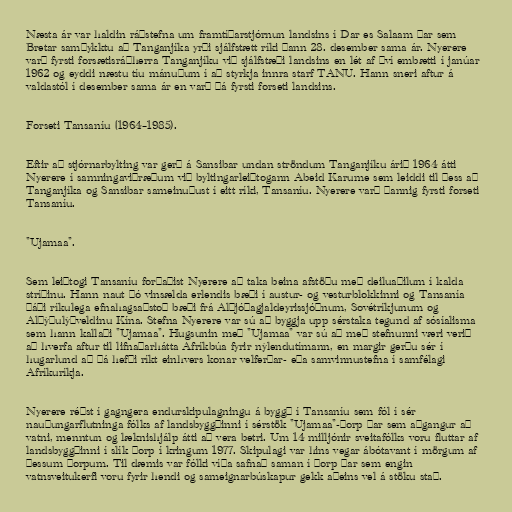
Næsta ár var haldin ráðstefna um framtíðarstjórnun landsins í Dar es Salaam þar sem
Bretar samþykktu að Tanganjíka yrði sjálfstætt ríki þann 28. desember sama ár. Nyerere
varð fyrsti forsætisráðherra Tanganjíku við sjálfstæði landsins en lét af því embætti í janúar
1962 og eyddi næstu tíu mánuðum í að styrkja innra starf TANU. Hann sneri aftur á
valdastól í desember sama ár en varð þá fyrsti forseti landsins.

Forseti Tansaníu (1964–1985).

Eftir að stjórnarbylting var gerð á Sansibar undan ströndum Tanganjíku árið 1964 átti
Nyerere í samningaviðræðum við byltingarleiðtogann Abeid Karume sem leiddi til þess að
Tanganjíka og Sansibar sameinuðust í eitt ríki, Tansaníu. Nyerere varð þannig fyrsti forseti
Tansaníu.

"Ujamaa".

Sem leiðtogi Tansaníu forðaðist Nyerere að taka beina afstöðu með deiluaðilum í kalda
stríðinu. Hann naut þó vinsælda erlendis bæði í austur- og vesturblokkinni og Tansanía
þáði ríkulega efnahagsaðstoð bæði frá Alþjóðagjaldeyrissjóðnum, Sovétríkjunum og
Alþýðulýðveldinu Kína. Stefna Nyerere var sú að byggja upp sérstaka tegund af sósíalisma
sem hann kallaði "Ujamaa". Hugsunin með "Ujamaa" var sú að með stefnunni væri verið
að hverfa aftur til lifnaðarhátta Afríkbúa fyrir nýlendutímann, en margir gerðu sér í
hugarlund að þá hefði ríkt einhvers konar velferðar- eða samvinnustefna í samfélagi
Afríkuríkja.

Nyerere réðst í gagngera endurskipulagningu á byggð í Tansaníu sem fól í sér
nauðungarflutninga fólks af landsbyggðinni í sérstök "Ujamaa"-þorp þar sem aðgangur að
vatni, menntun og læknishjálp átti að vera betri. Um 14 milljónir sveitafólks voru fluttar af
landsbyggðinni í slík þorp í kringum 1977. Skipulagi var hins vegar ábótavant í mörgum af
þessum þorpum. Til dæmis var fólki víða safnað saman í þorp þar sem engin
vatnsveitukerfi voru fyrir hendi og sameignarbúskapur gekk aðeins vel á stöku stað.